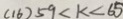
( 1 6 ) 5 9 < k < 6 5